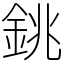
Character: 銚